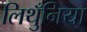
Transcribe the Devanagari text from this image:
लिथुँनिया